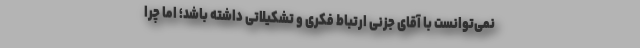
نمی‌توانست با آقای جزنی ارتباط فكری و تشكیلاتی داشته باشد؛ اما چرا